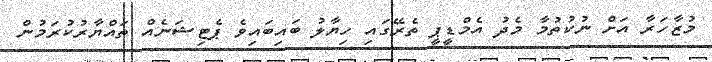
މުޒާހަރާ އަށް ނުކުތުމާ މެދު އެމްޑީޕީ ތެރޭގައި ހިޔާލު ބައިބައިވެ ޕެޓިޝަނެއް ތައްޔާރުކުރަމުން